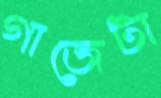
গাজেটা